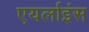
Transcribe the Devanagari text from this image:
एयर्लाइंस